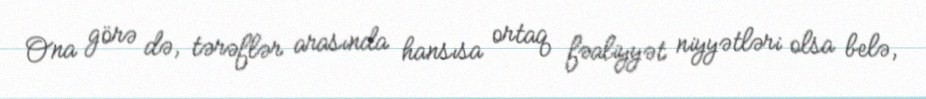
Ona görə də, tərəflər arasında hansısa ortaq fəaliyyət niyyətləri olsa belə,